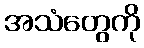
အသံတွေကို